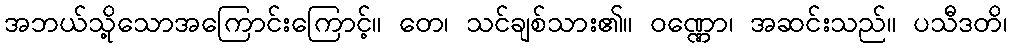
အဘယ်သို့သောအကြောင်းကြောင့်။ တေ၊ သင်ချစ်သား၏။ ဝဏ္ဏော၊ အဆင်းသည်။ ပသီဒတိ၊